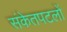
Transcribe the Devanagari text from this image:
संकेतपटलों